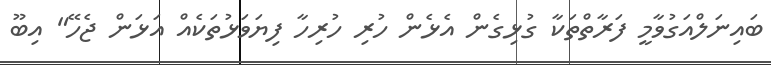
ބައިނަލްއަގުވާމީ ފަރާތްތަކާ ގުޅިގެން އެޅެން ހުރި ހުރިހާ ފިޔަވަޅުތަކެއް އަޅަން ޖެހޭ" އިބޫ